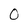
Character: 0